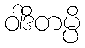
ဝါဒိတမ္ပိ